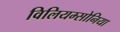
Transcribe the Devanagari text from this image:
विलियम्सोनिया